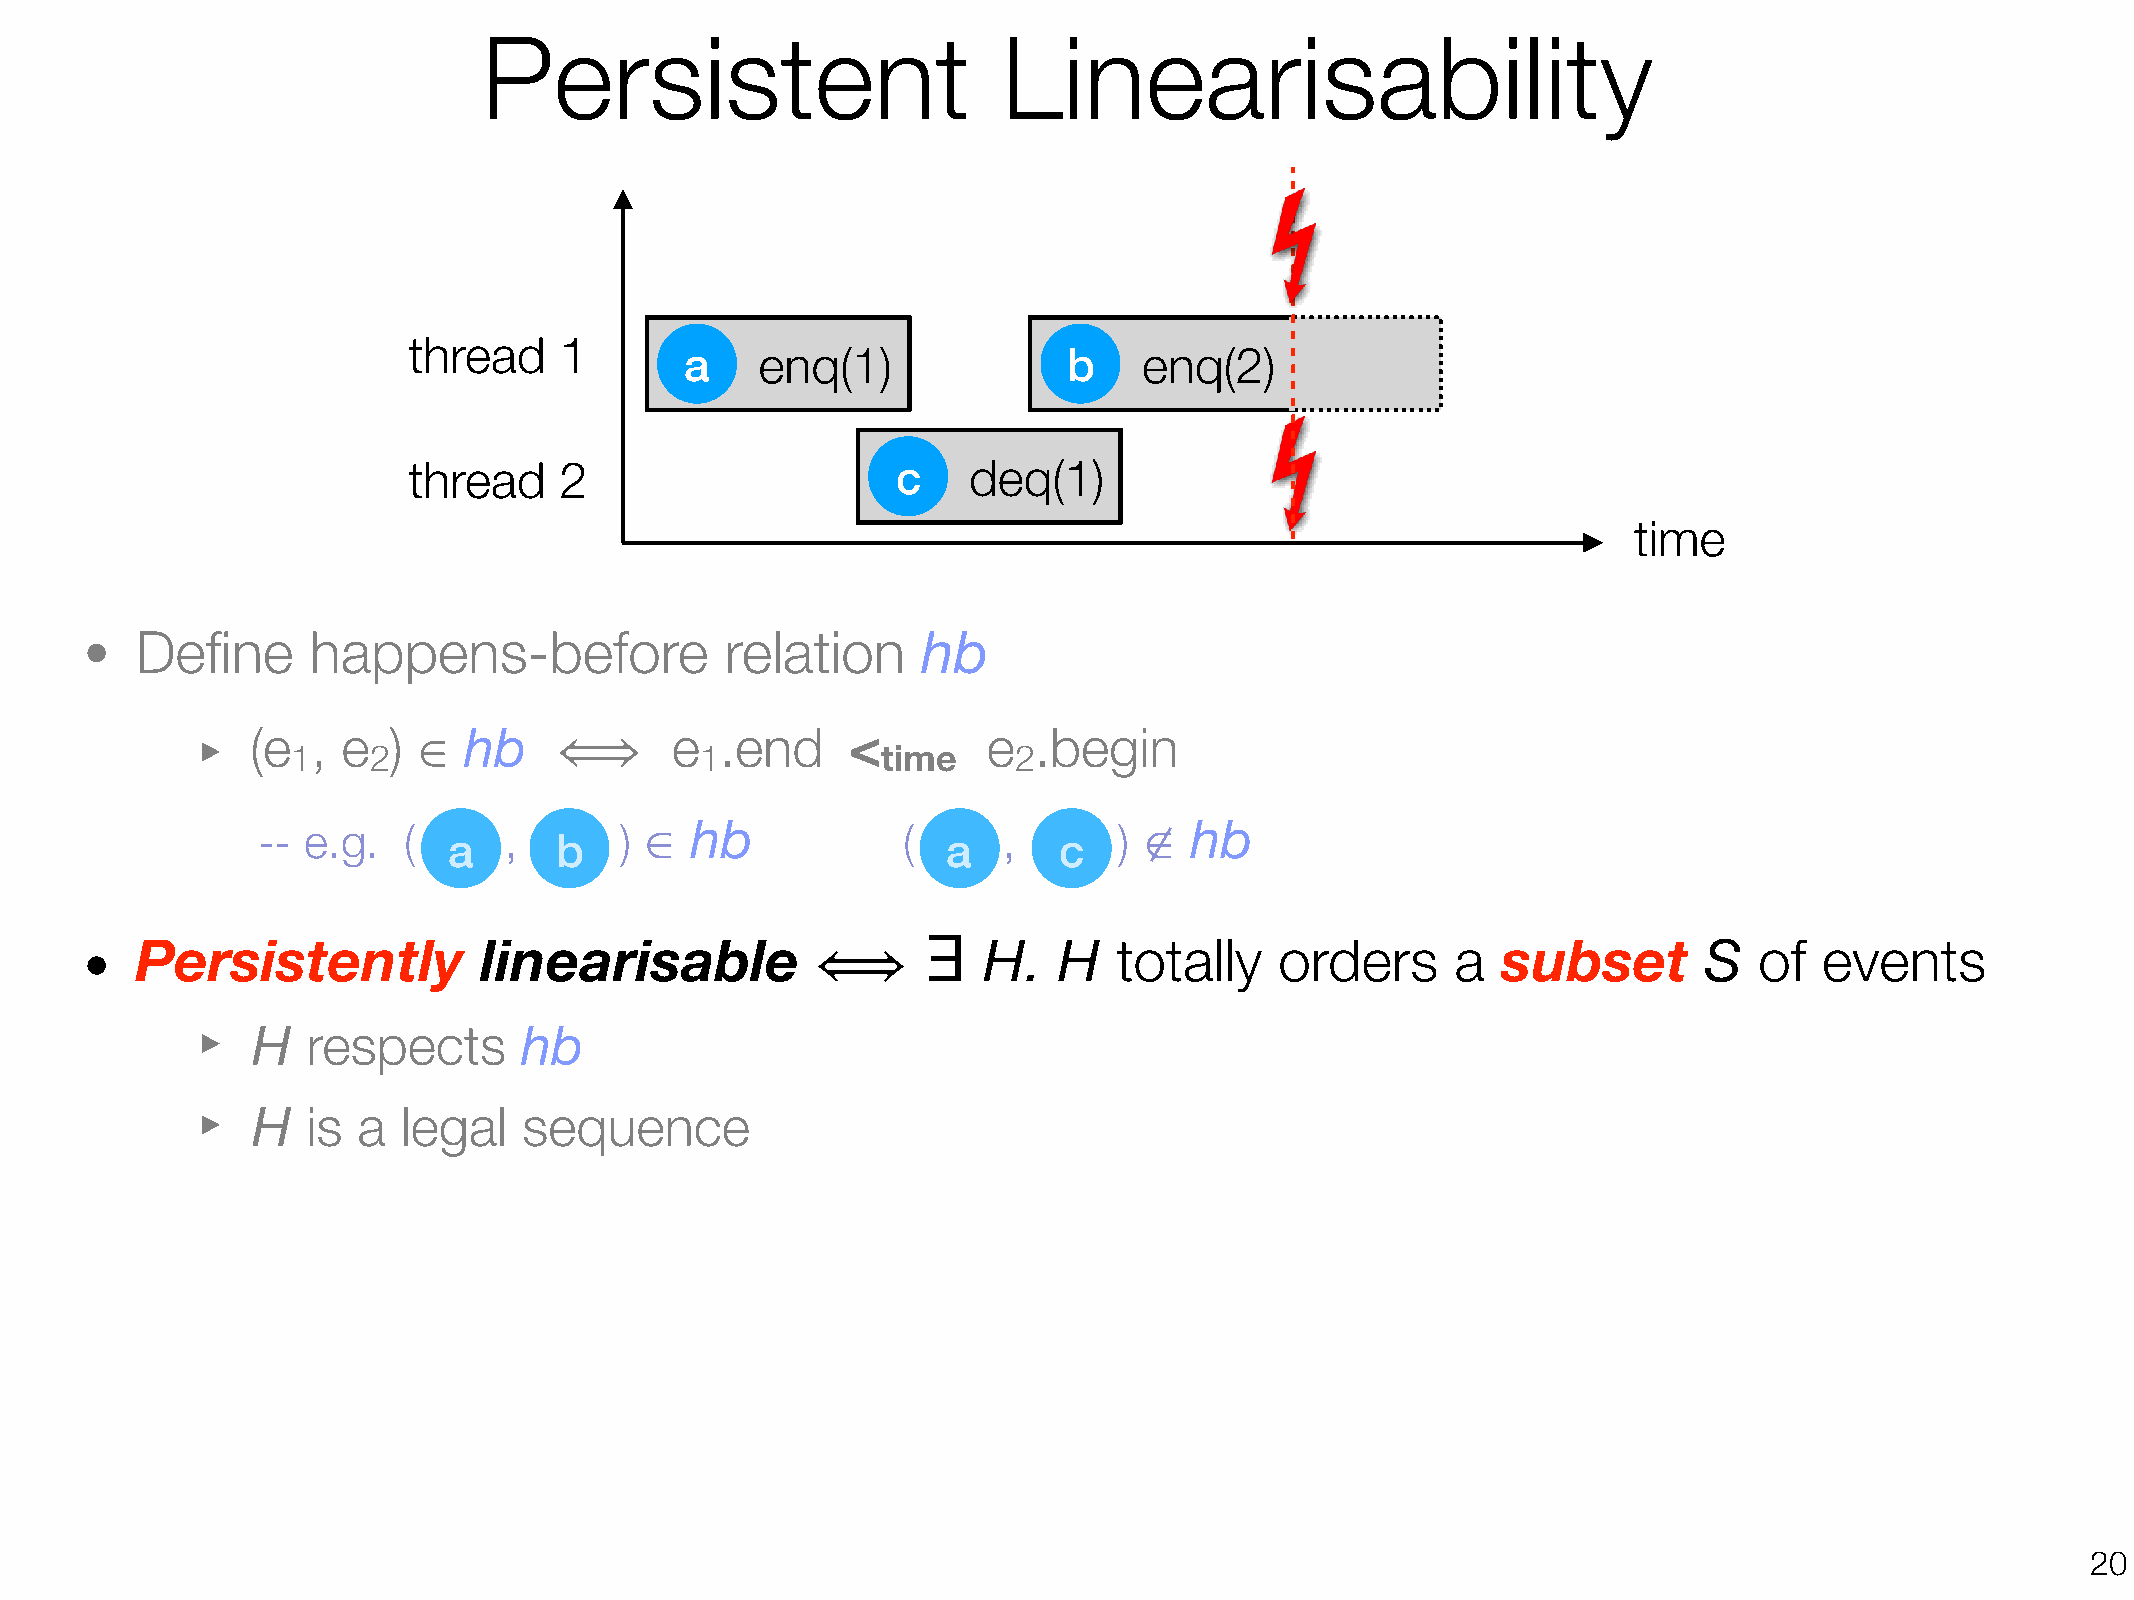
Persistent                        Linearisability
 thread    1
 a    enq(1)               b    enq(2)
 thread    2                     c    deq(1)
 time
 •
 Define     happens-before              relation     hb
 ‣   (e  , e  ) ∈  hb           e   .end    <        e  .begin
 1    2            ⟺        1           time     2
 -- e.g.   (     ,       ) ∈  hb            (     ,       ) ∉  hb
 a      b                         a      c
 ∃
 •   Persistently           linearisable                     H.   H   totally    orders     a  subset        S  of   events
 ⟺
 ‣
 H  respects      hb
 ‣
 H  is  a  legal   sequence
 !20